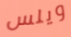
ويلس